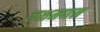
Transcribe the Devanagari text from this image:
लक्षमणन